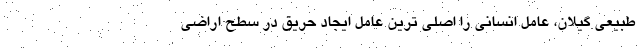
طبیعی گیلان، عامل انسانی را اصلی ترین عامل ایجاد حریق در سطح اراضی